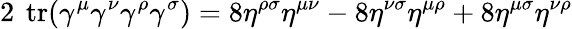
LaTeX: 2\ \operatorname{tr}(\gamma^{\mu}\gamma^{\nu}\gamma^{\rho}\gamma^{\sigma})=8\eta^{\rho\sigma}\eta^{\mu\nu}-8\eta^{\nu\sigma}\eta^{\mu\rho}+8\eta^{\mu\sigma}\eta^{\nu\rho}